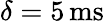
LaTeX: \delta=5\, \mathrm{{ms}}